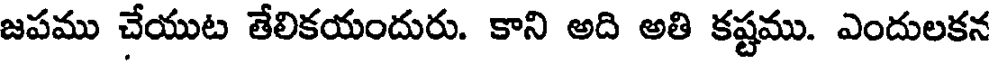
జపము చేయుట తేలికయందురు. కాని అది అతి కష్టము. ఎందులకన